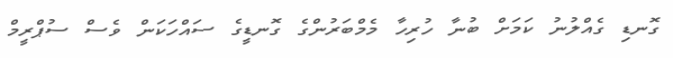
ގޮނޑި ގެއްލުނު ކަމަށް ބުނާ ހުރިހާ މެމްބަރުންގެ ގޮނޑީގެ ސައްހަކަން ވެސް ސުޕްރީމް